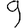
Digit: 9